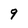
Character: 9